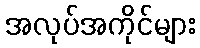
အလုပ်အကိုင်များ